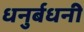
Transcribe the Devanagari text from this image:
धनुर्बधनी